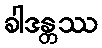
ခါဒန္တဿ